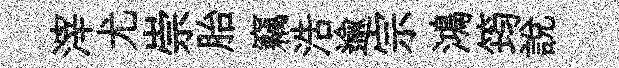
滓尤崇胎竊浩逾宗鴻筠說